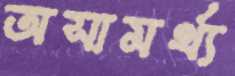
অসামর্থ্য